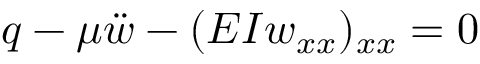
q - \mu { \ddot { w } } - ( E I w _ { x x } ) _ { x x } = 0